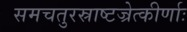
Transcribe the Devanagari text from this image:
समचतुरस्राष्टज्रेत्कीर्णाः